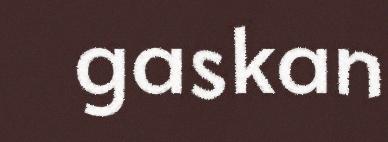
gaskan